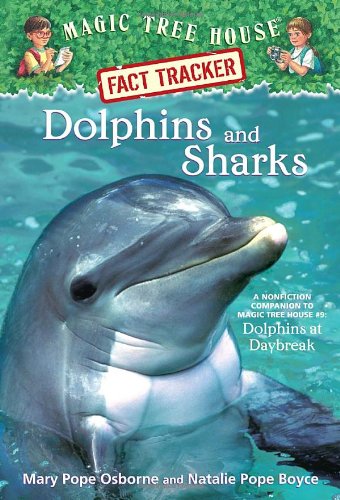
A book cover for Magic Tree House Fact Tracker #9: Dolphins and Sharks: A Nonfiction Companion to Magic Tree House #9: Dolphins at Daybreak (A Stepping Stone Book(TM)); Mary Pope Osborne; Children's Books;